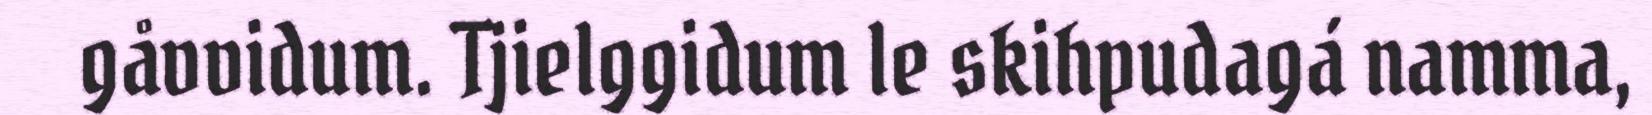
gåvvidum. Tjielggidum le skihpudagá namma,